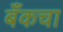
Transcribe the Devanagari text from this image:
बँकचा